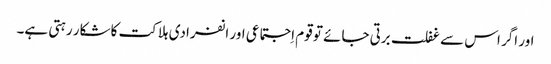
اور اگر اس سے غفلت برتی جائے تو قوم اِجتماعی اور انفرادی ہلاکت کا شکار رہتی ہے۔